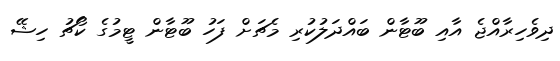
ދިވެހިރާއްޖެ އާއި ބޫޓާން ބައްދަލުކުރި މެޗަށް ފަހު ބޫޓާން ޓީމުގެ ކޯޗު ހިޝޭ